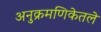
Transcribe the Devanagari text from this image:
अनुक्रमणिकेतले